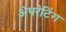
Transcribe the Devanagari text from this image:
ॲपरेटिंग